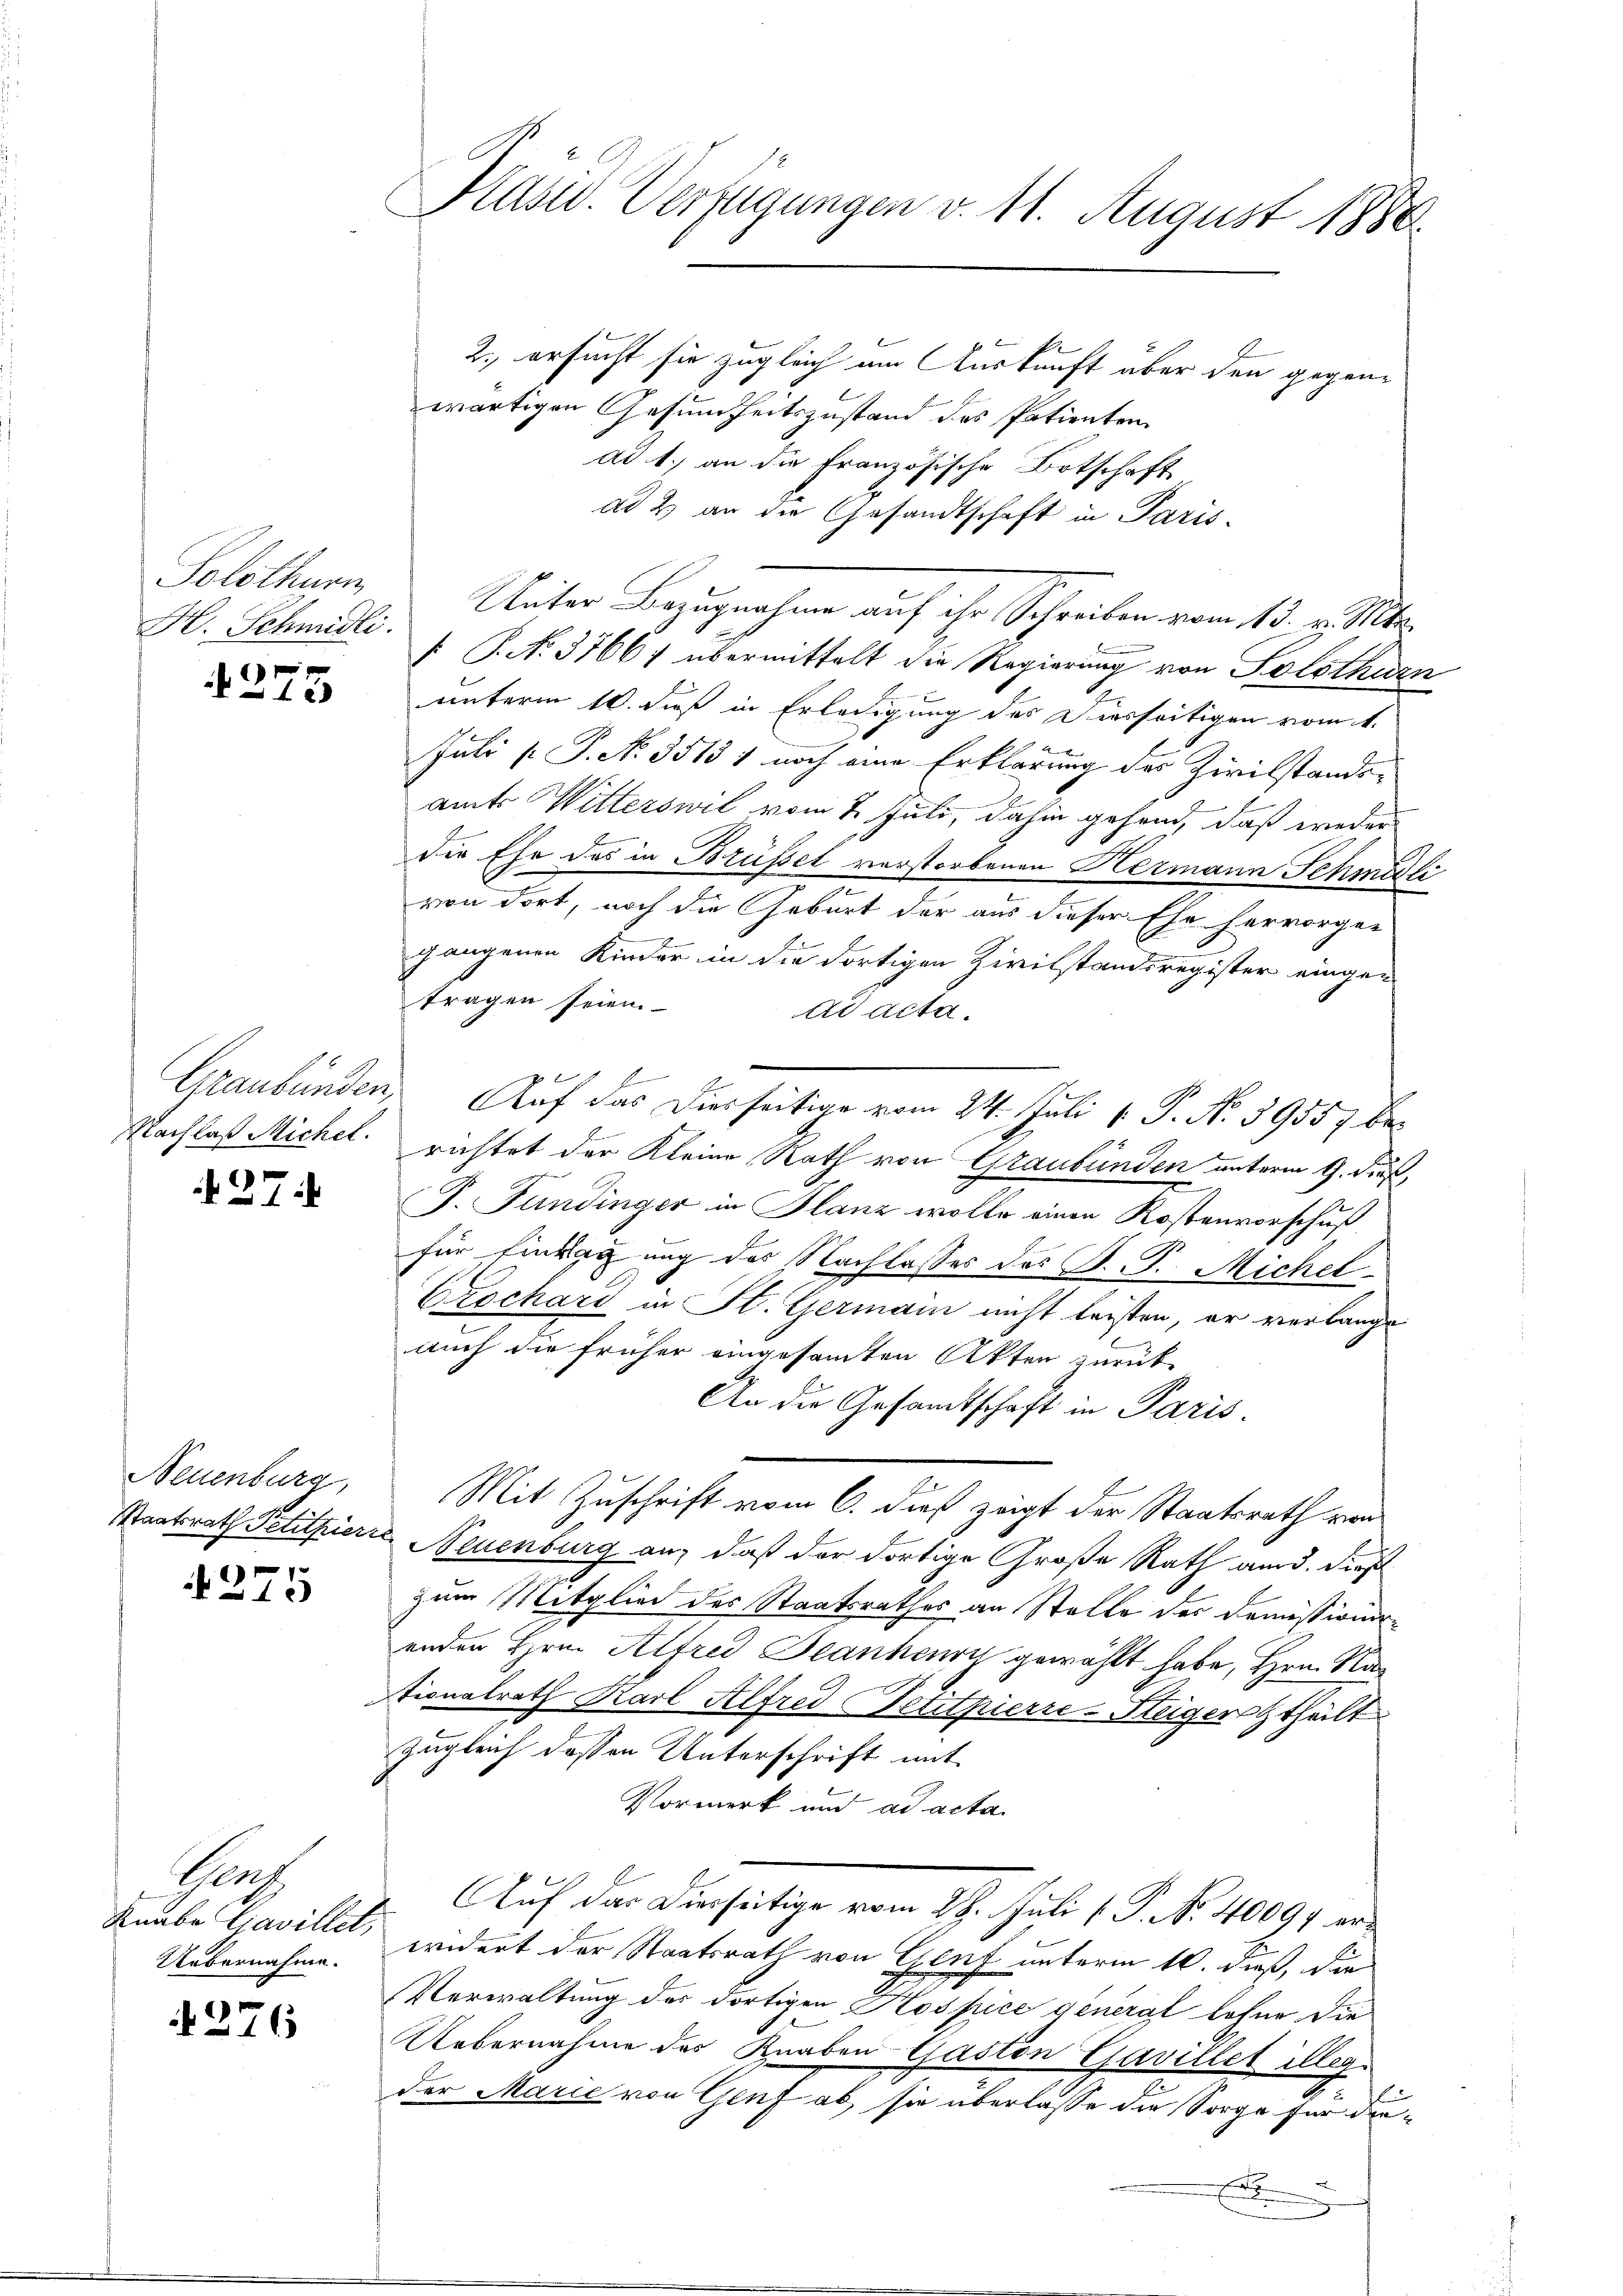
Solothurn,
H. Schmidli

1275

Graubünden,
Nachlaß Michel.

27.

Neuenburg
Staatsrath Petithier

1275

hah
Knabe Cavillet,
Uebernahme.

4276

Präsid. Verfügungen v. 11. August 1880

2., ersucht sie zugleich am Auskunft über den gegenwärtigen Gesundheitszustand des Patienten
ad 1.) an die Französische Botschaft
ad 2) an die Gesandtschaft in Paris-
Unter Bezugnahme auf ihr Schreiben vom 13. v. Mts.
[ P. No. 3766f übermittelt die Regierung von Solothurn
unterm 10. dieß in Erledigung des Diesseitigen vom 1.
Juli [ P. No. 3513 1 noch eine Erklärung der Zivilstandsamts Witterswil vom 7. Juli, dahin gehend, daß weder
die Ehe des in Brüssel verstorbenen Hermann Schmidli
von dort, noch die Geburt der aus dieser Ehe hervorge-
gangenen Kinder in die dortigen Zivilstandsregister eingetragen seien
ad acta.
17
Auf das Diesseitige vom 24. Juli v. P. Nr. 39557 berichtet der Kleine Rath von Graubünden unterm 9. dieß,
F. Fundinger in Flanz wolle einen Kostenvorschuß
für Eintragung des Nachlasses des B. P. Michel¬
Erschars in St. Germann nicht leisten, er verlange
auch die früher eingesamten Akten zurück-
An die Gesandtschaft in Paris.
Mit Zuschrift vom 6. dieß zeigt der Staatsrath von
 Neuenburg an, daß der dortige Große Rath am 3. Dies
zum Mitglied des Staatsrathes an Stelle der Demissionirenden Hrn. Alfred Jeankenry gewählt habe, Hrn. Nac
tionalrath Karl Alfred Petitpierre-Steigertheilt
zugleich dessen Unterschrift mit
Vormerk und ad acta
Auf das Dierseitige vom 27. Juli [P. N. 40099 erwidert der Staatsrath von Genf unterm 10. dieß, die
Verwaltung des dortigen Kospice general lohne die
Uebernahme des Knaben Gaston Gavillet illeg
der Marie von Genf ab, sie überlasse die Sorge für die¬
.